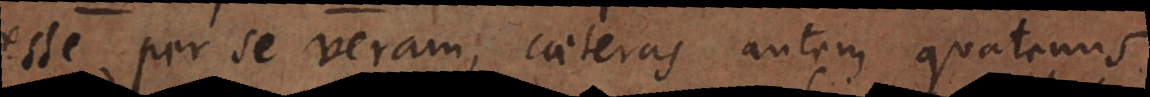
esse per se veram, caeteras autem quatenus